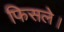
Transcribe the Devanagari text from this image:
फिसले।